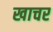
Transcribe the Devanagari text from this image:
खाचर